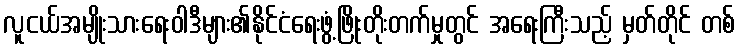
လူငယ်အမျိုးသားရေးဝါဒီများ၏နိုင်ငံရေးဖွံ့ဖြိုးတိုးတက်မှုတွင် အရေးကြီးသည့် မှတ်တိုင် တစ်